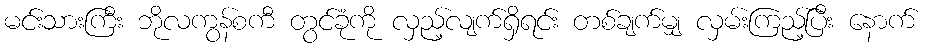
မင်းသားကြီး ဘိုလကွန်စကီ တွင်ခုံကို လှည့်လျက်ရှိရင်း တစ်ချက်မျှ လှမ်းကြည့်ပြီး နောက်